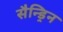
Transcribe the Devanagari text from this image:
सैन्ड्रिन